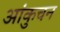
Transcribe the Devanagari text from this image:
आंकुचन